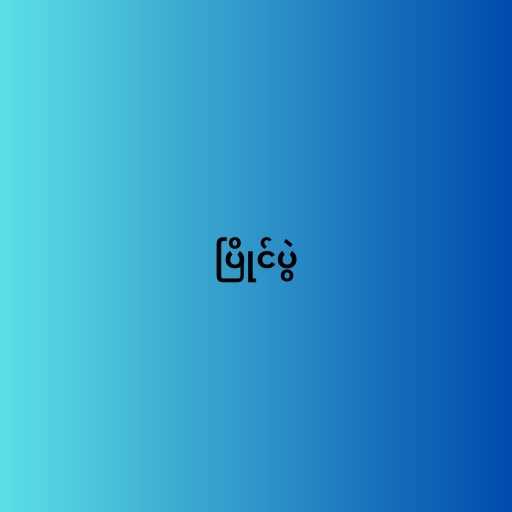
ပြိုင်ပွဲ